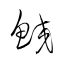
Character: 鮫